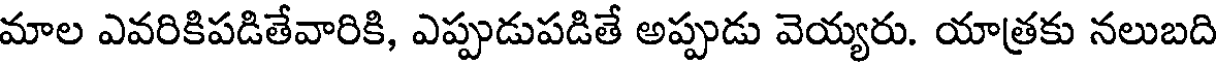
మాల ఎవరికిపడితేవారికి, ఎప్పుడుపడితే అప్పుడు వెయ్యరు. యాత్రకు నలుబది